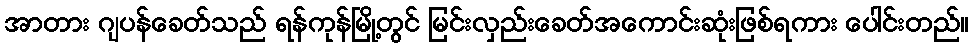
အာတား ဂျပန်ခေတ်သည် ရန်ကုန်မြို့တွင် မြင်းလှည်းခေတ်အကောင်းဆုံးဖြစ်ရကား ပေါင်းတည်။